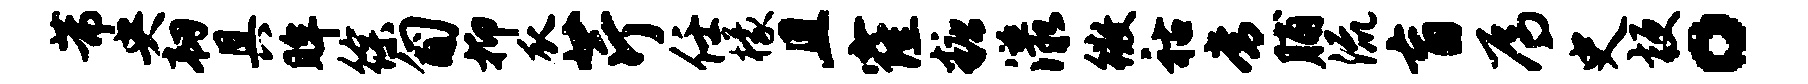
芾央韧具眸徐匍抑瓜芹任檬且窿糖漾徽祜常脯流盲焉史梗。